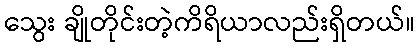
သွေး ချိုတိုင်းတဲ့ကိရိယာလည်းရှိတယ်။